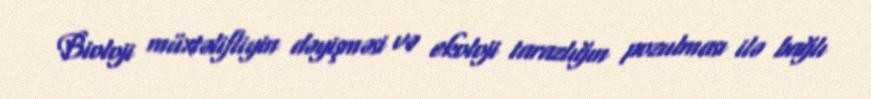
Bioloji müxtəlifliyin dəyişməsi və ekoloji tarazlığın pozulması ilə bağlı